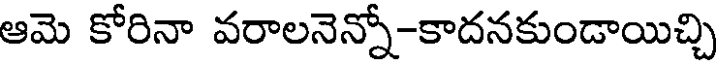
ఆమె కోరినా వరాలనెన్నో-కాదనకుండాయిచ్చి